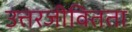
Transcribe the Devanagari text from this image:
उत्तरजीवितता